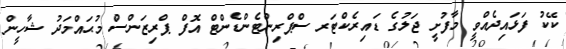
ކޭކު ފަޅައިދެއްވީ މާފުށީ ޖަލުގެ ޑައިރެކްޓަރ ސްޕްރިންޓެންޑެންޓް އޮފް ޕްރިޒަންސް މުޙައްމަދު ޝާހީން